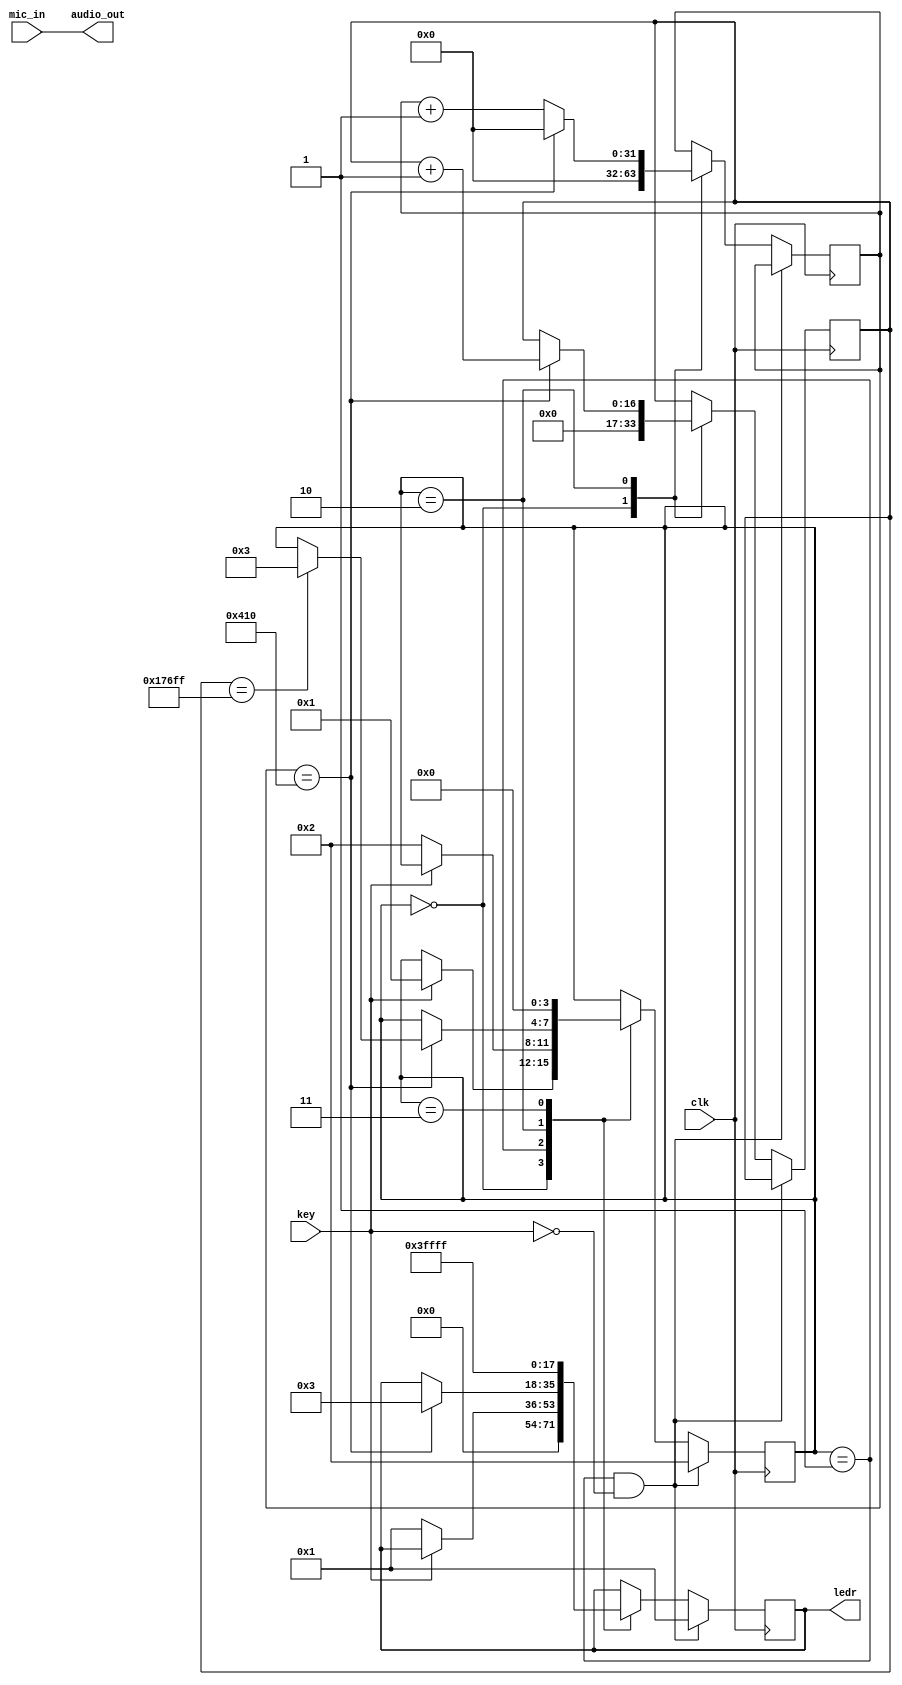
module microphone_input (
    input wire clk,       // 50 MHz clock
    input wire [15:0] mic_in,  // Audio input data
    input wire key,           // Key0 for recording control
    output reg [17:0] ledr,    // Red LEDs for status indication
    output wire [15:0] audio_out // Audio output data
);

parameter SAMPLE_RATE = 48000; // Audio sampling rate
parameter RECORD_TIME = 2;     // Recording time in seconds
parameter TOTAL_SAMPLES = SAMPLE_RATE * RECORD_TIME;

reg [15:0] audio_buffer [0:TOTAL_SAMPLES-1];  // Buffer for storing audio samples
reg [16:0] sample_count = 0;  // Counter for the number of samples recorded

reg [31:0] clk_count = 0;     // Clock counter for sampling
wire sample_tick;             // Signal to indicate when to sample audio

reg recording = 0;            // Recording state
reg [3:0] state = 0;          // FSM state

// State machine states
localparam IDLE = 0, WAIT_FOR_KEY = 1, RECORDING = 2, DONE = 3;

// Generate sample tick
assign sample_tick = (clk_count == (50000000 / SAMPLE_RATE) - 1);

// Main FSM and recording logic
always @(posedge clk) begin
    if (state == WAIT_FOR_KEY && !key) begin
        state <= RECORDING;
        recording <= 1;
        ledr <= 18'b000000000000000001; // Indicate start
    end else begin
        case (state)
            IDLE: begin
                ledr <= 18'b0; // Turn off all LEDs
                sample_count <= 0;
                clk_count <= 0;
                recording <= 0;
                if (key) begin
                    state <= WAIT_FOR_KEY;
                end
            end
            WAIT_FOR_KEY: begin
                if (key == 0) begin
                    recording <= 1;
                    state <= RECORDING;
                    ledr <= 18'b000000000000000001; // Indicate start
                end
            end
            RECORDING: begin
                if (sample_tick) begin
                    clk_count <= 0;
                    audio_buffer[sample_count] <= mic_in;
                    sample_count <= sample_count + 1;
                    ledr <= 18'b000000000000000011; // Increment LED status
                    if (sample_count == TOTAL_SAMPLES - 1) begin
                        recording <= 0;
                        state <= DONE;
                    end
                end else begin
                    clk_count <= clk_count + 1;
                end
            end
            DONE: begin
                ledr <= 18'b111111111111111111; // Indicate done
                state <= IDLE;
            end
        endcase
    end
end

assign audio_out = mic_in; // Pass-through for audio output for now

endmodule